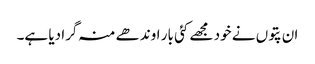
ان پتوں نے خود مجھے کئی بار اوندھے منہ گرا دیا ہے۔